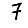
Digit: 7